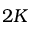
2 K